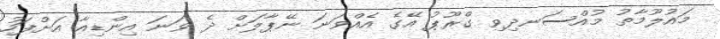
މައުލޫމާތު މުއްސަނދިވި ގްރޫޕު އޭގެ އެއްވަނަ ނޭޕާލަށް ދެ ވަނަ އިންޑިއާ އަށްފަހު